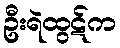
ဦးရဲထွဋ်က